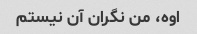
اوه، من نگران آن نیستم